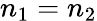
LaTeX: n_{1}=n_{2}